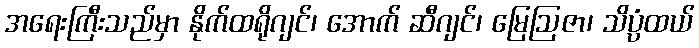
အရေးကြီးသည်မှာ နိုက်ထရိုဂျင်၊ အောက် ဆီဂျင်၊ မြေဩဇာ၊ သိပ္ပံထယ်